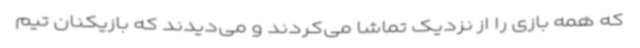
که همه بازی را از نزدیک تماشا می‌کردند و می‌دیدند که بازیکنان تیم